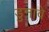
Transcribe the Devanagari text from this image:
डुनावे